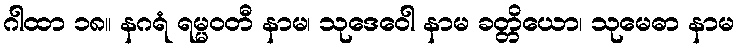
ဂါထာ ၁၈။ နဂရံ ရမ္မဝတီ နာမ၊ သုဒေဝေါ နာမ ခတ္တိယော၊ သုမေဓာ နာမ